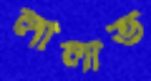
লালাভ